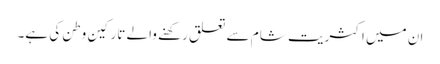
ان میں اکثریت شام سے تعلق رکھنے والے تارکینِ وطن کی ہے۔